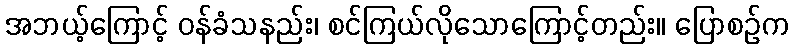
အဘယ့်ကြောင့် ဝန်ခံသနည်း၊ စင်ကြယ်လိုသောကြောင့်တည်း။ ပြောစဉ်က